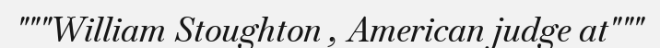
"""William Stoughton , American judge at"""